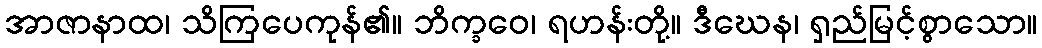
အာဇာနာထ၊ သိကြပေကုန်၏။ ဘိက္ခဝေ၊ ရဟန်းတို့။ ဒီဃေန၊ ရှည်မြင့်စွာသော။